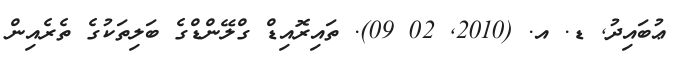
ޢުބައިދު